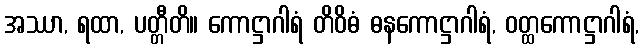
အဿာ, ရထာ, ပတ္တီတိ။ ကောဋ္ဌာဂါရံ တိဝိဓံ ဓနကောဋ္ဌာဂါရံ, ဝတ္ထကောဋ္ဌာဂါရံ,